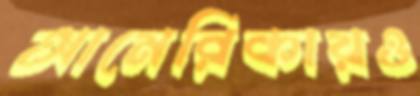
আমেরিকায়ও